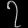
Digit: ၇